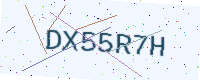
Text: DX55R7H